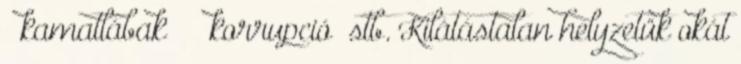
„ kamatlábak ” „ korrupció ”stb. Kilátástalan helyzetük okát